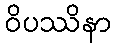
ဝိပဿိနာ